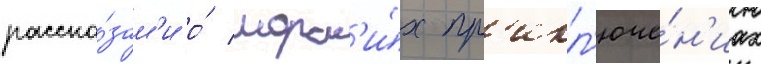
расска́зам'и о́ морск'и́х пр'икл'юче́н'иах